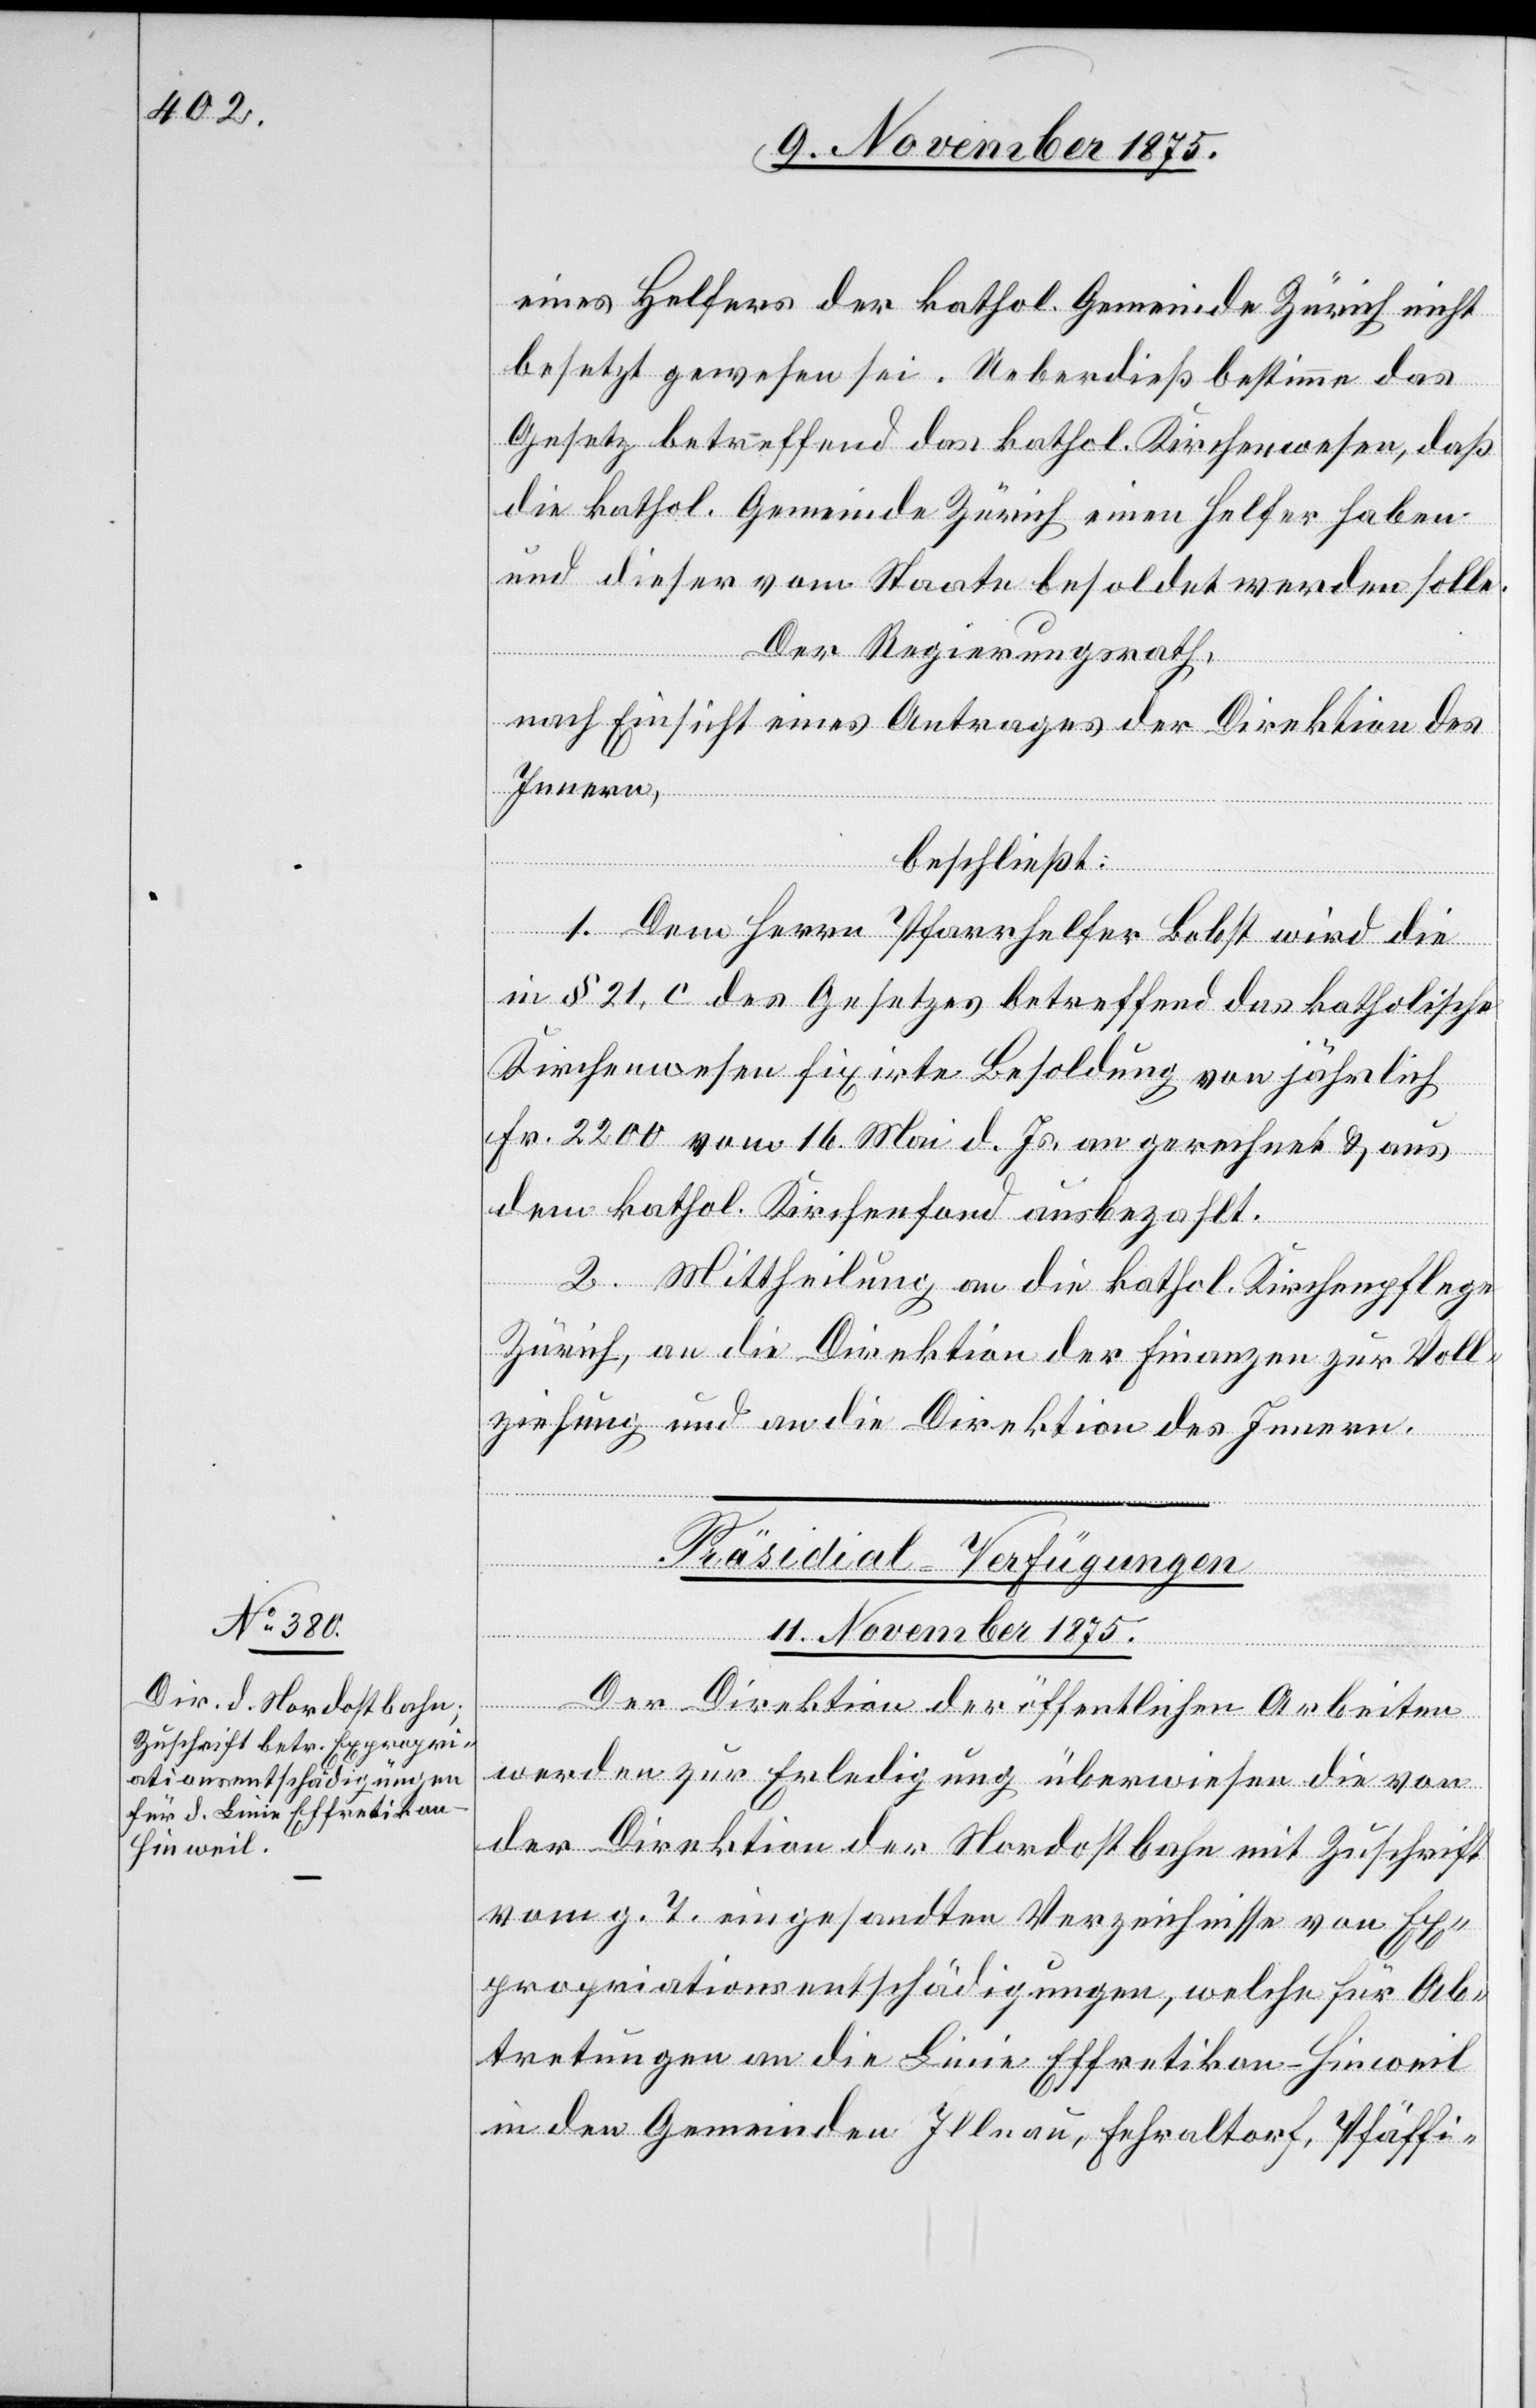
eine Helfers der kathol. Gemeinde Zürich nicht
besetzt gewesen sei. Ueberdieß bestimme das
Gesetz betreffend das kathol. Kirchenwesen, daß
die kathol. Gemeinde Zürich einen Helfer haben
und dieser vom Staate besoldet werden solle.
Der Regierungsrath,
nach Einsicht eines Antrages der Direktion des
Innern,
beschließt:
1. Dem Herrn Pfarrhelfer Bobst wird die
in § 21 c des Gesetzes betreffend das katholische
Kirchenwesen fixirte Besoldung von jährlich
Fr. 2200 vom 16. Mai d. Js. an gerechnet & aus
dem kathol. Kirchenfond ausbezahlt.
2. Mittheilung an die kathol. Kirchenpflege
Zürich, an die Direktion der Finanzen zur Voll¬
ziehung und an die Direktion des Innern.
Präsidial-Verfügungen.
11. November 1875.
Der Direktion der öffentlichen Arbeiten
werden zur Erledigung überwiesen die von
der Direktion der Nordostbahn mit Zuschrift
vom g. T. eingesandten Verzeichnisse von Ex¬
propriationsentschädigungen, welche für Ab¬
tretungen an die Linie Effretikon–Hinweil
in den Gemeinden Illnau, Fehraltorf, Pfäffi-